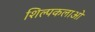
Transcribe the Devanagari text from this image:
शिल्पकलाओ